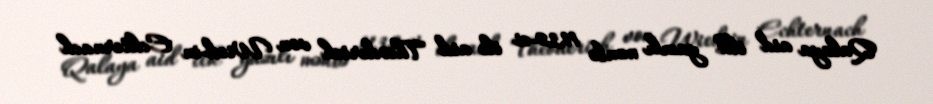
Qalaya aid ilk yazılı mənbə 1132-ci ilə aid Theoderich von Wied-in Echternach